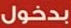
بدخول